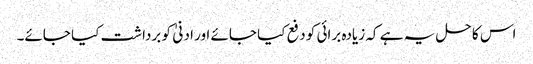
اس کا حل یہ ہے کہ زیادہ برائی کو دفع کیا جائے اور ادنیٰ کو برداشت کیا جائے۔